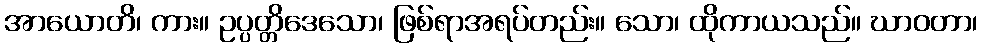
အာယောတိ၊ ကား။ ဥပ္ပတ္တိဒေသော၊ ဖြစ်ရာအရပ်တည်း။ သော၊ ထိုကာယသည်။ ဃာဝတာ၊